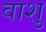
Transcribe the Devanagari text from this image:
वाशु